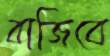
বাজিবে